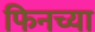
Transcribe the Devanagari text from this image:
फिनच्या